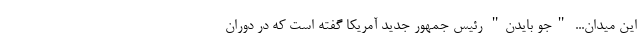
این میدان... "جو بایدن" رئیس جمهور جدید آمریکا گفته است که در دوران